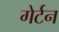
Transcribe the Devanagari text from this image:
गेर्टन